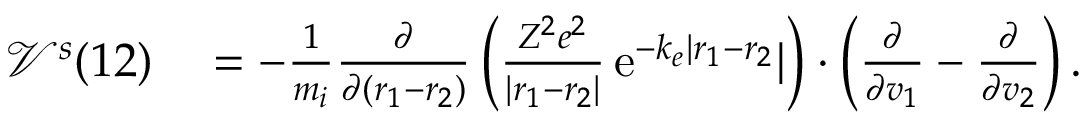
\begin{array} { r l } { \mathcal { V } ^ { s } ( 1 2 ) } & { { } = - \frac { 1 } { m _ { i } } \frac { \partial } { \partial ( \boldsymbol { r } _ { 1 } - \boldsymbol { r } _ { 2 } ) } \left( \frac { Z ^ { 2 } e ^ { 2 } } { | \boldsymbol { r } _ { 1 } - \boldsymbol { r } _ { 2 } | } \, \mathrm { e } ^ { - k _ { e } | \boldsymbol { r } _ { 1 } - \boldsymbol { r } _ { 2 } } | \right) \boldsymbol { \cdot } \left( \frac { \partial } { \partial \boldsymbol { v } _ { 1 } } - \frac { \partial } { \partial \boldsymbol { v } _ { 2 } } \right) . } \end{array}